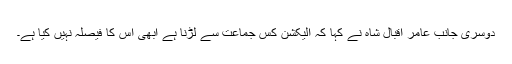
دوسری جانب عامر اقبال شاہ نے کہا کہ الیکشن کس جماعت سے لڑنا ہے ابھی اس کا فیصلہ نہیں کیا ہے۔